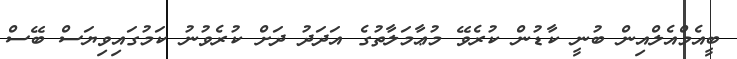
ބީއެމްއެލްއިން ބުނީ ކާޑުން ކުރެވޭ މުޢާމަލާތުގެ އަދަދު ދަށް ކުރެވުނު ކަމުގައިވިޔަސް ބޭސް